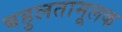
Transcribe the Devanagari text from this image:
बहुलतामूलक